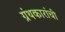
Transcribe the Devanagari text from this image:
ग्रंथकारांची